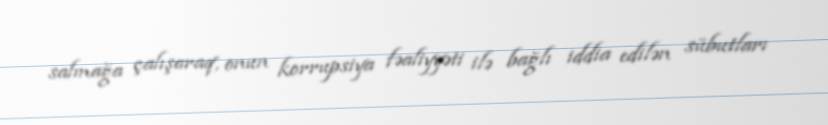
salmağa çalışaraq, onun korrupsiya fəaliyyəti ilə bağlı iddia edilən sübutları